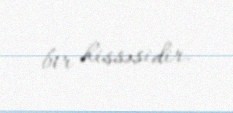
bir hissəsidir.